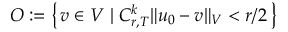
O : = \left\{ \, v \in V \; \vert \; C _ { r , T } ^ { k } \Vert u _ { 0 } - v \Vert _ { V } < r / 2 \, \right\}